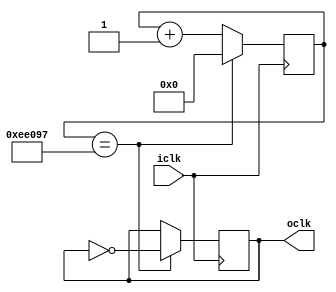
/***************************************************************
 * Verilog Masterclk clock divider
 * 
 * Provides framework for clock divider code to step down
 *  the 50MHz internal clock
 * Set the XXX value in the define for the appropriate division
 *
 */
 
 module clockdiv(input iclk,
						output oclk);

	// define the parameter for number of clock edges to count
	parameter HALF_OF_CLK_CYCLE_VALUE = 975000; // change this value
	
	// internal variables for clock divider
	integer count = 32'd0;
	reg clkstate = 1'b0;

	// generate clock signal
	always @(posedge iclk)
		if(count == (HALF_OF_CLK_CYCLE_VALUE-1))
		begin
			// we have seen half of a cycle, toggle the clock
			count <= 32'd0;
			clkstate <= ~clkstate;
		end else begin
			count <= count + 32'd1;
			clkstate <= clkstate;
		end
		
	assign oclk = clkstate;
	
 endmodule